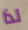
لذا